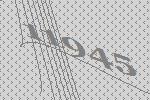
11945